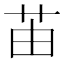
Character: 苖